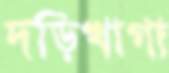
দড়িখাগা